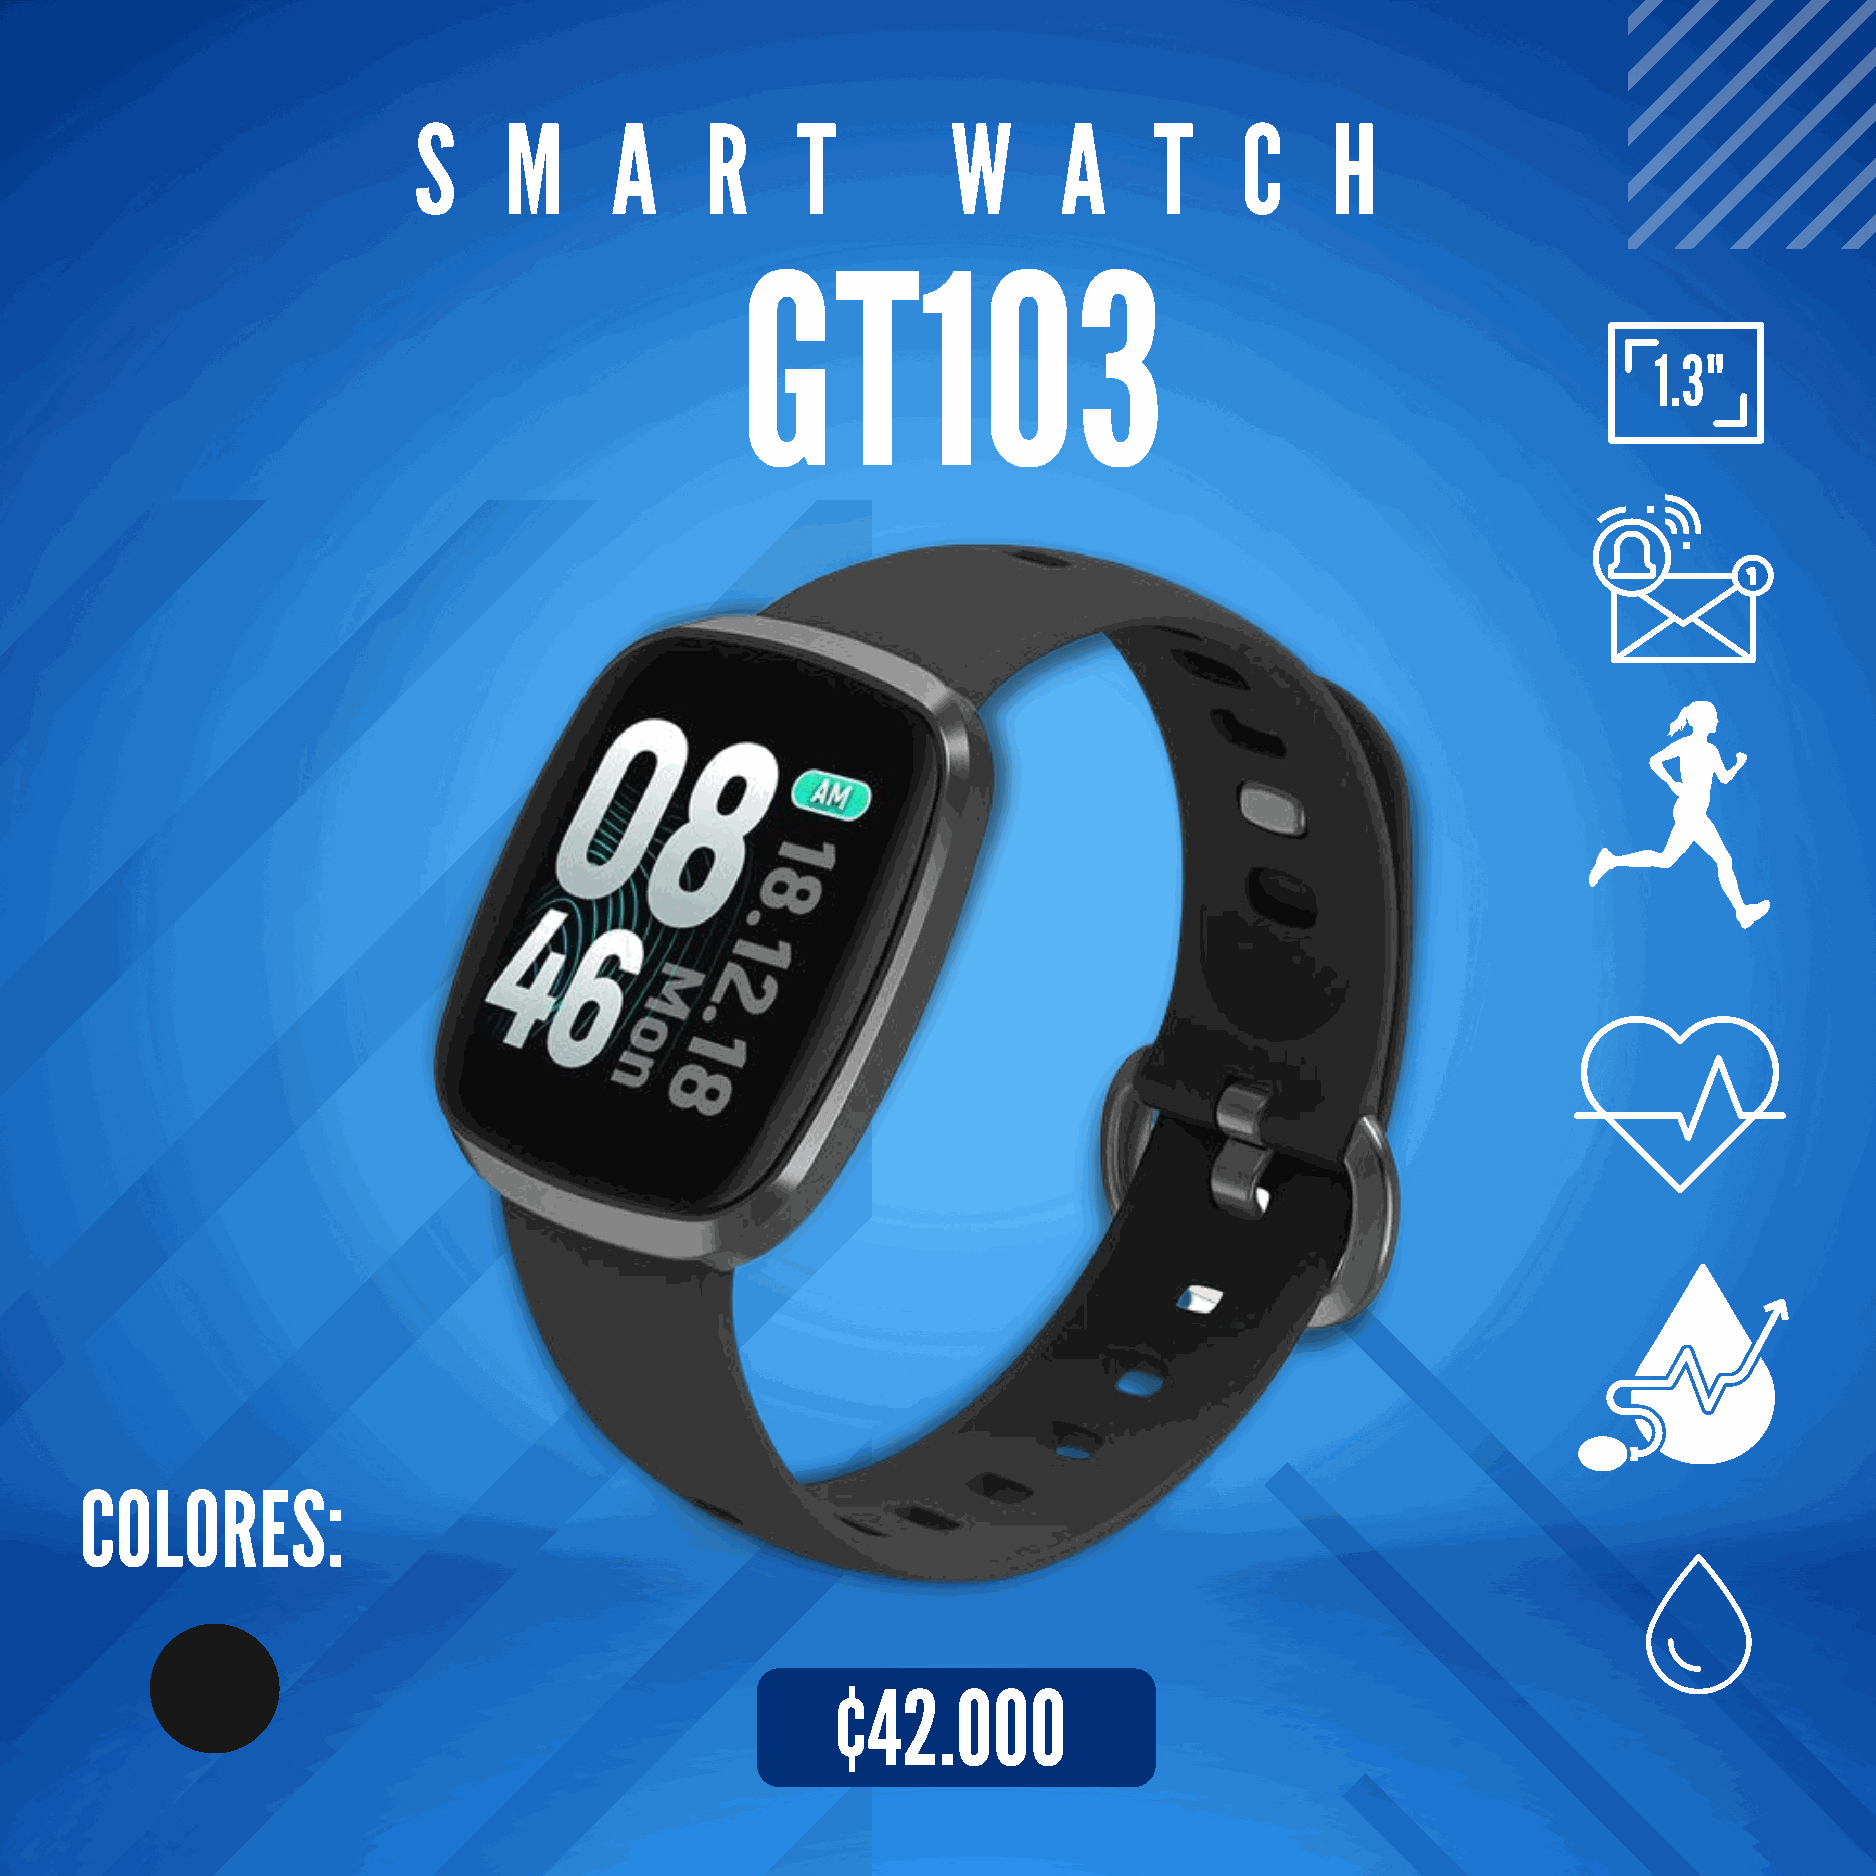
S     M      A      R     T         W      A     T     C     H
 GT103
 1.3"
 COLORES:
 ¢42.000